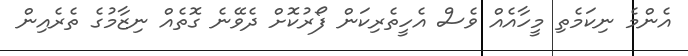
އެންމެ ނިކަމެތި މީހާއެއް ވެސް އެހީތެރިކަން ފޯރުކޮށް ދެވޭނެ ގޮތެއް ނިޒާމުގެ ތެރެއިން